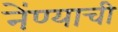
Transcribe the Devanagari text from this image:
नेंण्याची